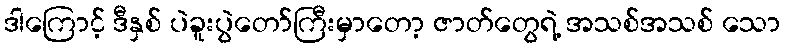
ဒါကြောင့် ဒီနှစ် ပဲခူးပွဲတော်ကြီးမှာတော့ ဇာတ်တွေရဲ့ အသစ်အသစ် သော